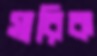
সারিক